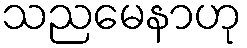
သညမေနာဟု